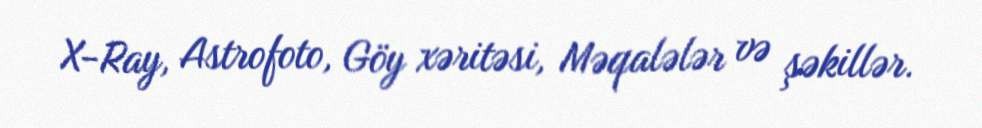
X-Ray, Astrofoto, Göy xəritəsi, Məqalələr və şəkillər.